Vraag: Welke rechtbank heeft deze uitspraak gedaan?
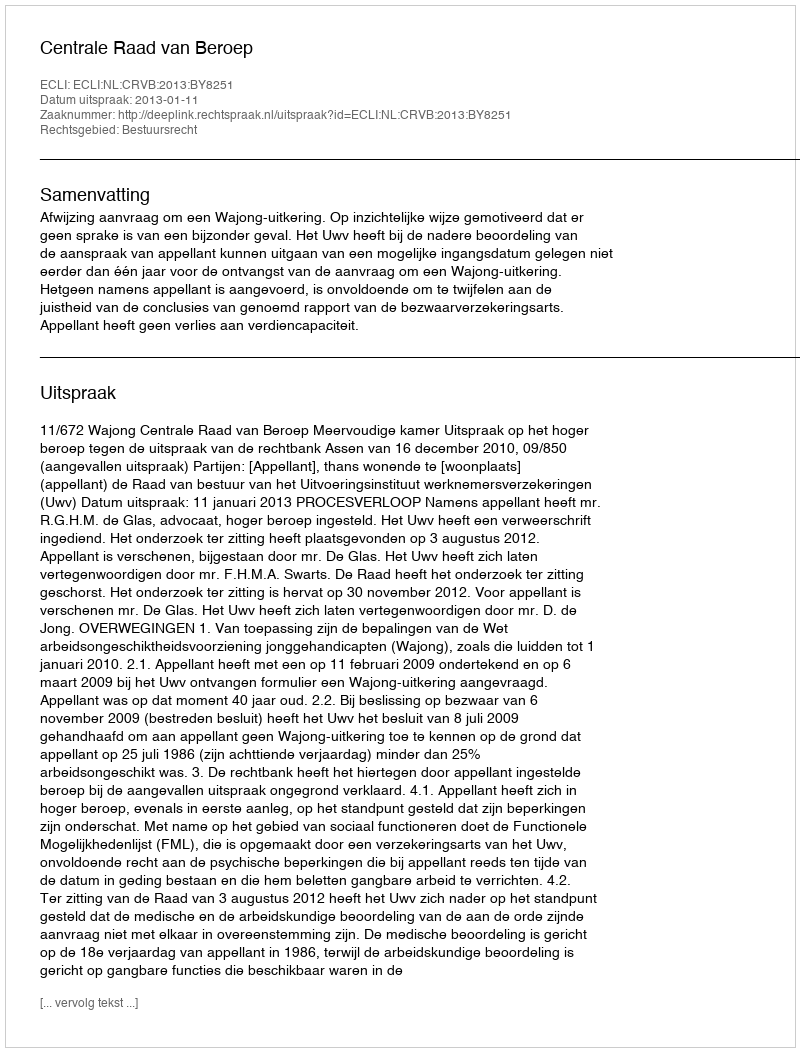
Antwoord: Centrale Raad van Beroep